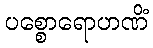
ပစ္စောရောဟဏိံ